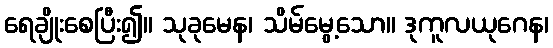
ရေချိုးစေပြီး၍။ သုခုမေန၊ သိမ်မွေ့သော။ ဒုကူလယုဂေန၊